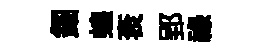
鈿蝗衮郢祿